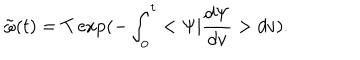
{ \tilde { \omega } } ( t ) = T \exp ( { - \int _ { 0 } ^ { t } < \Psi | { \frac { d \Psi } { d v } } > d v } ) .